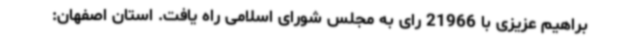
براهیم عزیزی با 21966 رای به مجلس شورای اسلامی راه یافت. استان اصفهان: